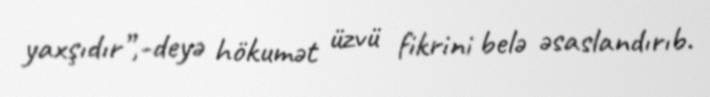
yaxşıdır”,-deyə hökumət üzvü fikrini belə əsaslandırıb.